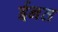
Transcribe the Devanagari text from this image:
ईनत